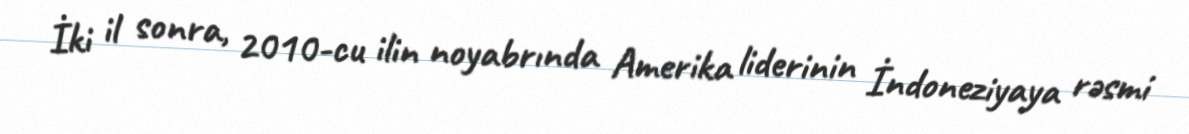
İki il sonra, 2010-cu ilin noyabrında Amerika liderinin İndoneziyaya rəsmi